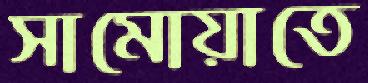
সামোয়াতে